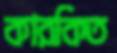
কারকিত